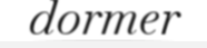
dormer